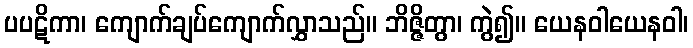
ပပဋိကာ၊ ကျောက်ချပ်ကျောက်လွှာသည်။ ဘိဇ္ဇိတွာ၊ ကွဲ၍။ ယေနဝါယေနဝါ၊